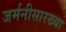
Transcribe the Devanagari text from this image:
जर्मनीसारख्या